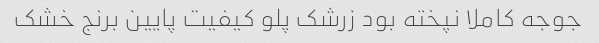
جوجه کاملا نپخته بود زرشک پلو کیفیت پایین برنج خشک